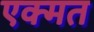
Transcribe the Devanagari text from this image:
एक्मत